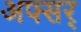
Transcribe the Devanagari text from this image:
अफ्सर्